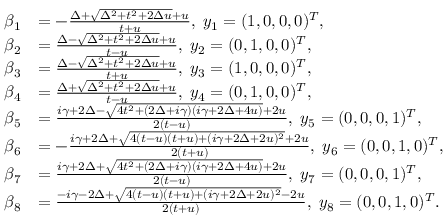
\begin{array} { r l } { \beta _ { 1 } } & { = - \frac { \Delta + \sqrt { \Delta ^ { 2 } + t ^ { 2 } + 2 \Delta u } + u } { t + u } , \; y _ { 1 } = ( 1 , 0 , 0 , 0 ) ^ { T } , } \\ { \beta _ { 2 } } & { = \frac { \Delta - \sqrt { \Delta ^ { 2 } + t ^ { 2 } + 2 \Delta u } + u } { t - u } , \; y _ { 2 } = ( 0 , 1 , 0 , 0 ) ^ { T } , } \\ { \beta _ { 3 } } & { = \frac { \Delta - \sqrt { \Delta ^ { 2 } + t ^ { 2 } + 2 \Delta u } + u } { t + u } , \; y _ { 3 } = ( 1 , 0 , 0 , 0 ) ^ { T } , } \\ { \beta _ { 4 } } & { = \frac { \Delta + \sqrt { \Delta ^ { 2 } + t ^ { 2 } + 2 \Delta u } + u } { t - u } , \; y _ { 4 } = ( 0 , 1 , 0 , 0 ) ^ { T } , } \\ { \beta _ { 5 } } & { = \frac { i \gamma + 2 \Delta - \sqrt { 4 t ^ { 2 } + ( 2 \Delta + i \gamma ) ( i \gamma + 2 \Delta + 4 u ) } + 2 u } { 2 ( t - u ) } , \; y _ { 5 } = ( 0 , 0 , 0 , 1 ) ^ { T } , } \\ { \beta _ { 6 } } & { = - \frac { i \gamma + 2 \Delta + \sqrt { 4 ( t - u ) ( t + u ) + ( i \gamma + 2 \Delta + 2 u ) ^ { 2 } } + 2 u } { 2 ( t + u ) } , \; y _ { 6 } = ( 0 , 0 , 1 , 0 ) ^ { T } , } \\ { \beta _ { 7 } } & { = \frac { i \gamma + 2 \Delta + \sqrt { 4 t ^ { 2 } + ( 2 \Delta + i \gamma ) ( i \gamma + 2 \Delta + 4 u ) } + 2 u } { 2 ( t - u ) } , \; y _ { 7 } = ( 0 , 0 , 0 , 1 ) ^ { T } , } \\ { \beta _ { 8 } } & { = \frac { - i \gamma - 2 \Delta + \sqrt { 4 ( t - u ) ( t + u ) + ( i \gamma + 2 \Delta + 2 u ) ^ { 2 } } - 2 u } { 2 ( t + u ) } , \; y _ { 8 } = ( 0 , 0 , 1 , 0 ) ^ { T } . } \end{array}